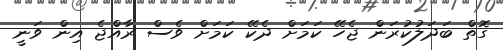
ގޮތް ބަދަލުކުރަން ޖެހޭ ކަމަށް ދެކޭ ކަމަށް ވެސް ރާއްޖެ އިން ވަނީ